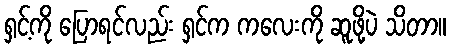
ရှင့်ကို ပြောရင်လည်း ရှင်က ကလေးကို ဆူဖို့ပဲ သိတာ။